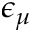
\epsilon _ { \mu }